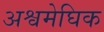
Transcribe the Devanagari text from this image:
अश्वमेघिक